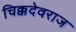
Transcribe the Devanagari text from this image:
चिक्कदेवराज